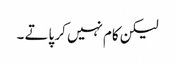
لیکن کام نہیں کر پاتے ۔